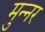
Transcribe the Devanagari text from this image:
मुन्नर